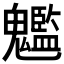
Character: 𩴵